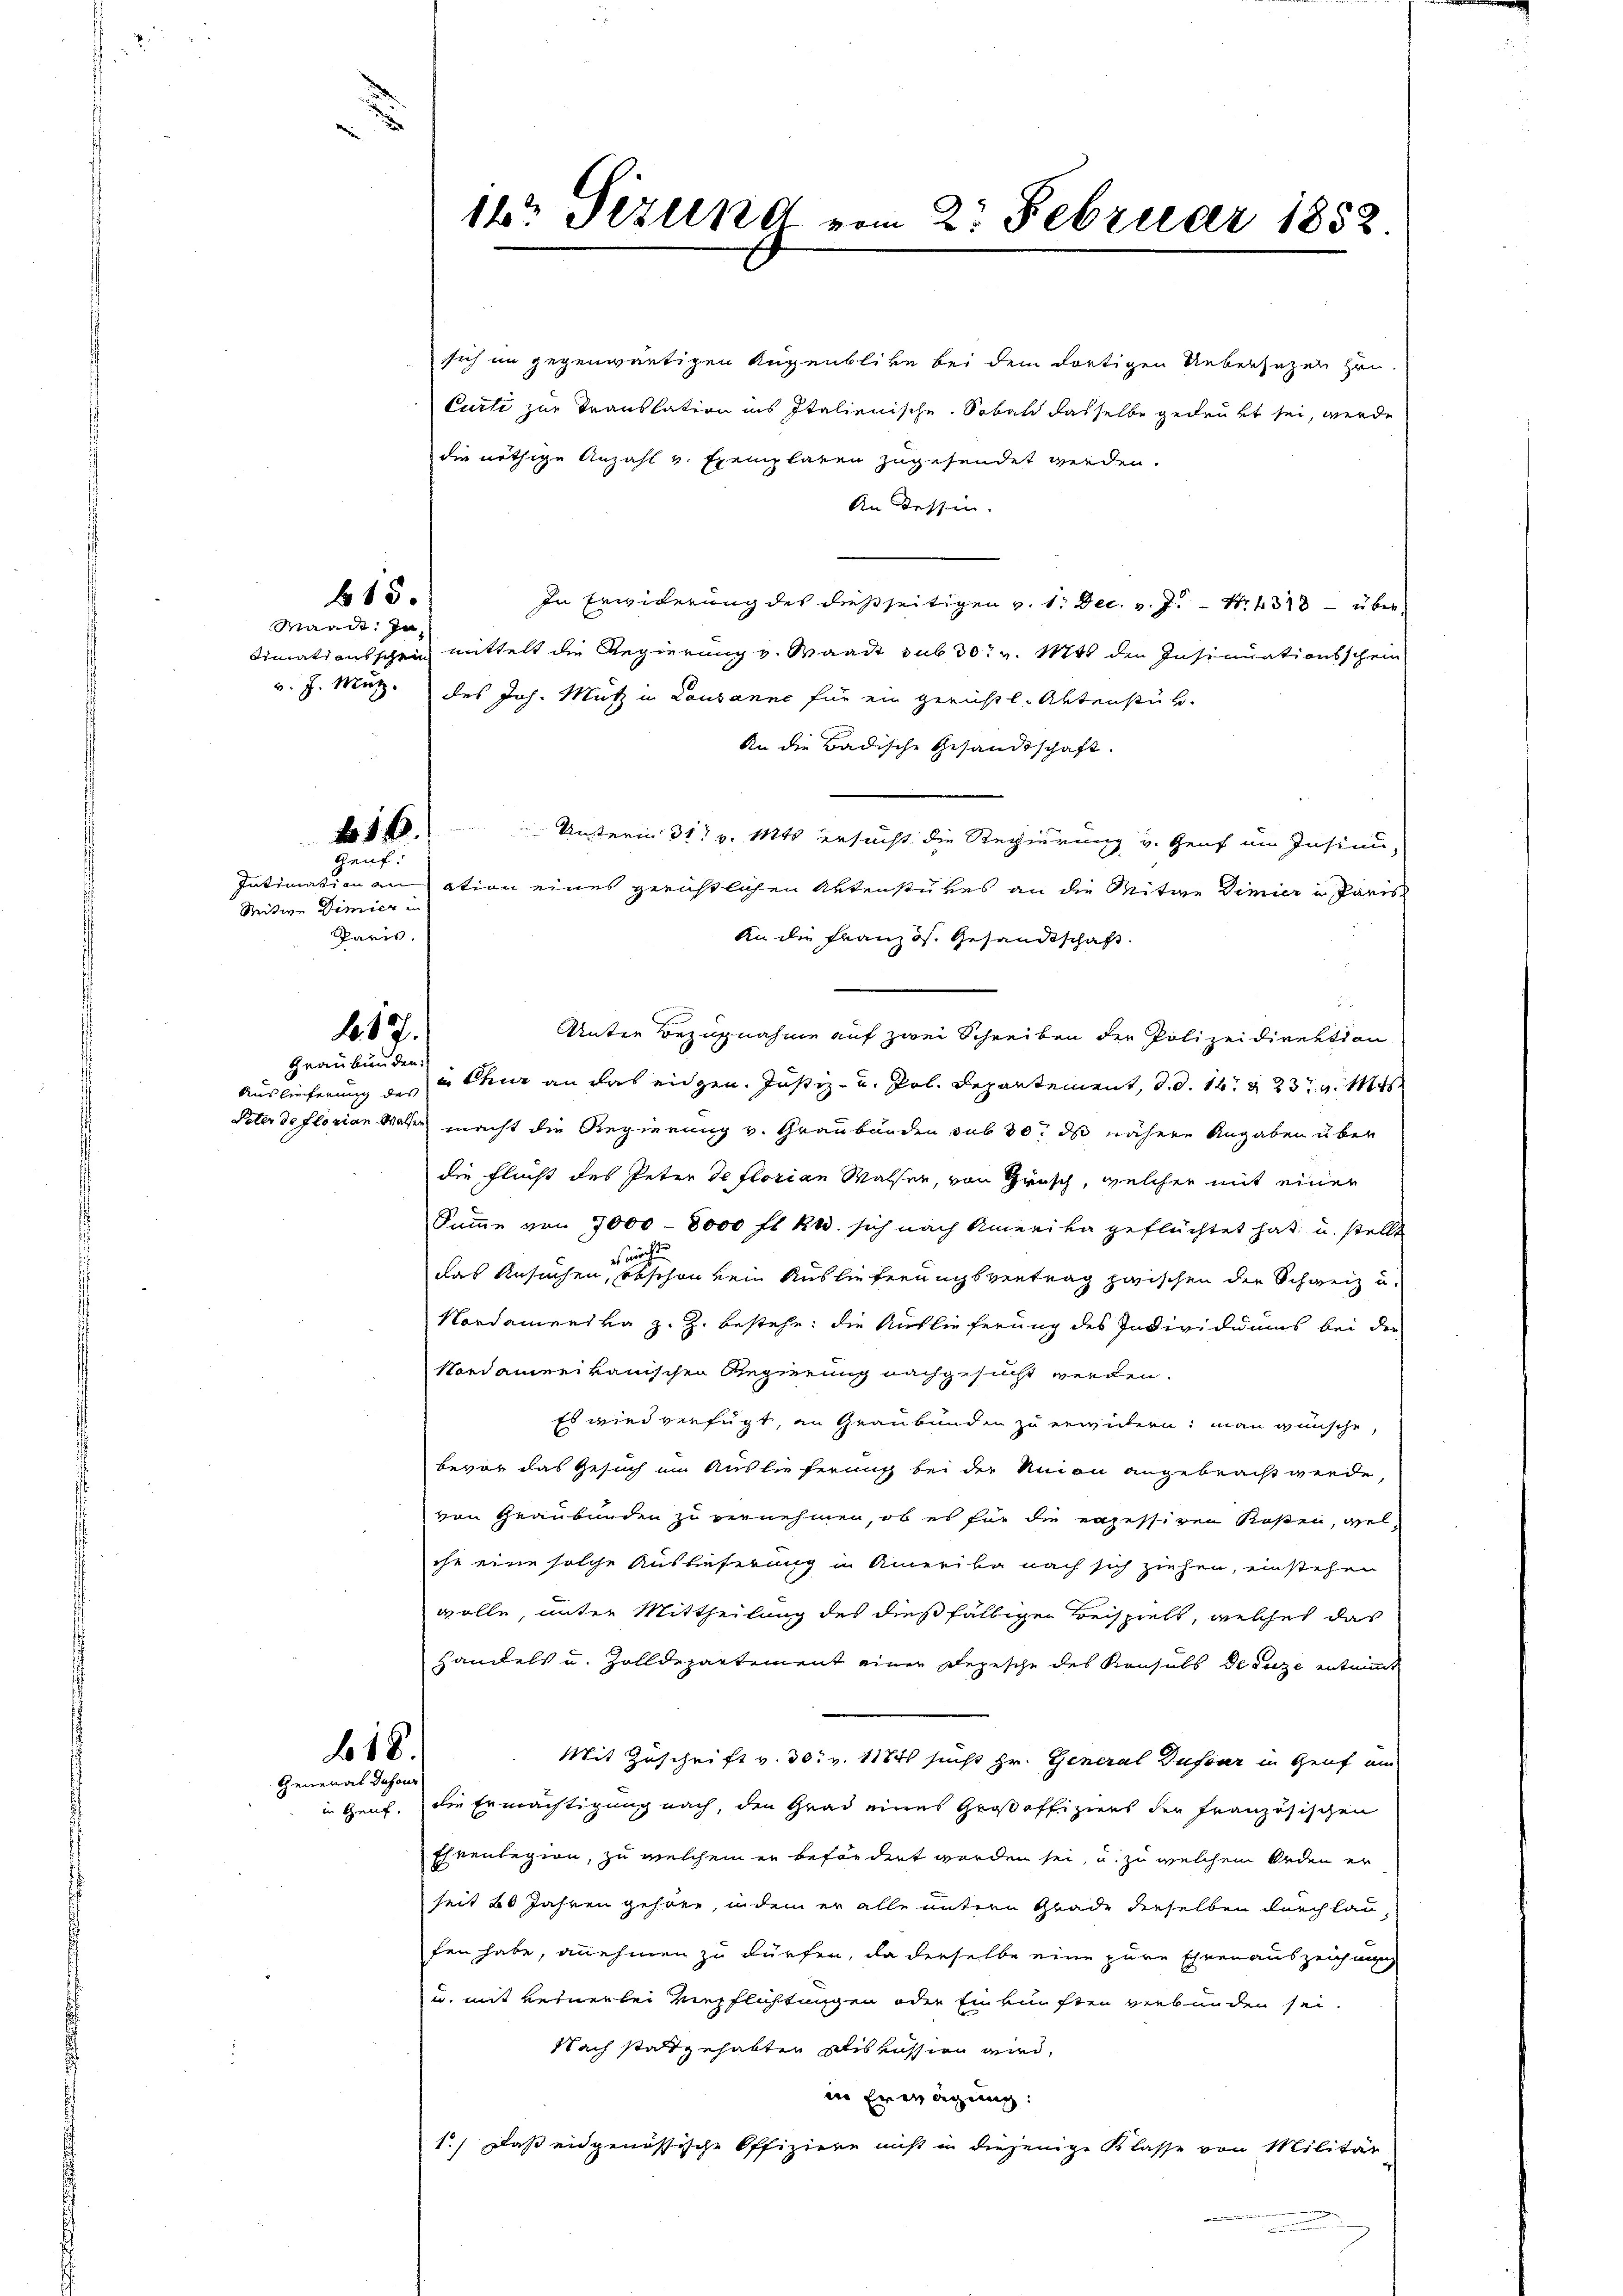
Wande. In

615.

Genf.

Sitwe Dimier in
Paris.

17.

Graubünden:
Auslieferung des

618.
General Dufour

sich im gegenwärtigen Augenblicke bei dem dortigen Uebersetzen Hrn.
Curti zur Translation ins Italienische. Sobald dasselbe gedrukt sei, werde
die nöthige Anzahl v. Exemplaren zugesendet werden.
An dessen.
In Erwiderung des dießseitigen v. 1. Dec. v. J. Nr. 318 überdimationsschein mittelt die Regierung v. Waadt sub 30 v. Mts. den Insinuationsschein
v. J. Merz. des Joh. Mutz in Lausanne für ein gerichtl. Aktenstück
An die Badische Gesandtschaft.
. Unterm 31t v. Mts. ersucht die Regierung v. Genf im Insinu¬
Intimation anation eines gerichtlichen Aktenstükes an die Mitwe Dimier in Paris
An die Französ. Gesandtschaft
.
Unter Bezugnahme auf zwei Schreiben der Polizeidirektion
in Chur an das eidgen. Justiz- und Pol. Departement, d. d. 14. 23. M
Peter de florian Wassen macht die Regierung v. Graubünden sub 30 das nähere Angaben über
die Flucht des Peter deflorian Walser, von Grusch, welcher mit einer
Summe von 7000 - 8000 fl kl. sich nach Amerika geflüchtet hat u. stellt
es nur
das Ansuchen, obschon kein Auslieferungsvertrag zwischen der Schweiz u.
Nordamensva z. Z. bestehe, die Auslieferung des Individuums bei der
Nordamerikanischen Regierung nachgesucht werden.
Es wird verfügt, an Graubünden zu erwidern: man wünsche,
bevor das Gesuch im Auslieferung bei der Union angebracht werde,
von Graubünden zu vernehmen, ob es für die exzessiren Rosen, welihr eine solche Ausbeferung in Amerika nach sich ziehen, einstehen
wolle, unter Mittheilung des dießfälligen Beispiels, welches das
Handels u. Zolldepartement einer Depesche des Konsuls Defize ertant
Mit Zuschrift v. 30. v. 11841 sucht Hr. General Dufour in Genf un
in Genf. Die Ermächtigung nach, den Grad eines Großoffiziers der französischen
Ehrenlegion, zu welchem er befördert worden sei, u. zu welchem Orden er
seit 20 Jahren gehöre, indem er alle untern Grade derselben durch lau-
fen habe, annehmen zu dürfen, da derselbe eine pure Ehrenauszeichnun
u. mit keinerlei Verpflichtungen oder Einkünften verbunden sei.
Nach stattgehabten Diskussion wird,
in Erwägung:
1.) Daß eidgenössische Offiziere nicht in diejenige Klasse von Militär

14 Sizung vom 2. Februar 1852.